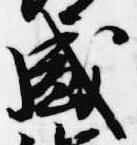
盛